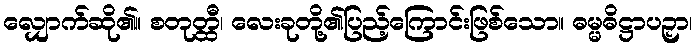
လျှောက်ဆို၏။ စတုတ္ထီ၊ လေးခုတို့၏ပြည့်ကြောင်းဖြစ်သော။ ဓမ္မဓိဋ္ဌာပဉှာ၊